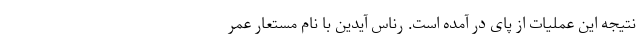
نتیجه این عملیات از پای در آمده است. رناس آیدین با نام مستعار عمر